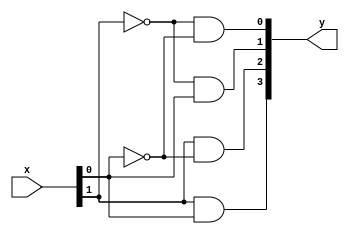
module decoder2_4(
input [1:0]x,
output [3:0]y
);

assign y[0]=~x[1]&~x[0];
assign y[1]=~x[1]&x[0];
assign y[2]=x[1]&~x[0];
assign y[3]=x[1]&x[0];
endmodule

module decoder4_1_tb();
reg [1:0]x;
wire [3:0]y;
decoder2_4 dut(x,y);
initial begin
x=2'b00;#10;
x=2'b01;#10;
x=2'b10;#10;
x=2'b11;#10;
end 
initial $monitor("x=%0b y=%0b",x,y);
endmodule